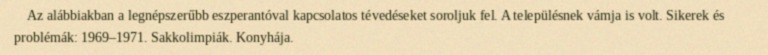
Az alábbiakban a legnépszerűbb eszperantóval kapcsolatos tévedéseket soroljuk fel. A településnek vámja is volt. Sikerek és problémák: 1969–1971. Sakkolimpiák. Konyhája.